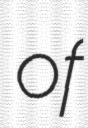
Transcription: of